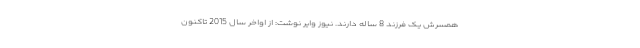
همسرش یک فرزند 8 ساله دارند. نیوز وایر نوشت: از اواخر سال 2015 تاکنون